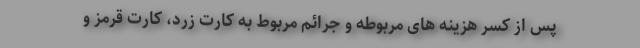
پس از کسر هزینه های مربوطه و جرائم مربوط به کارت زرد، کارت قرمز و